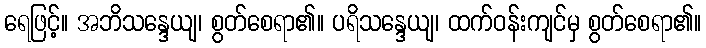
ရေဖြင့်။ အဘိသန္ဒေယျ၊ စွတ်စေရာ၏။ ပရိသန္ဒေယျ၊ ထက်ဝန်းကျင်မှ စွတ်စေရာ၏။